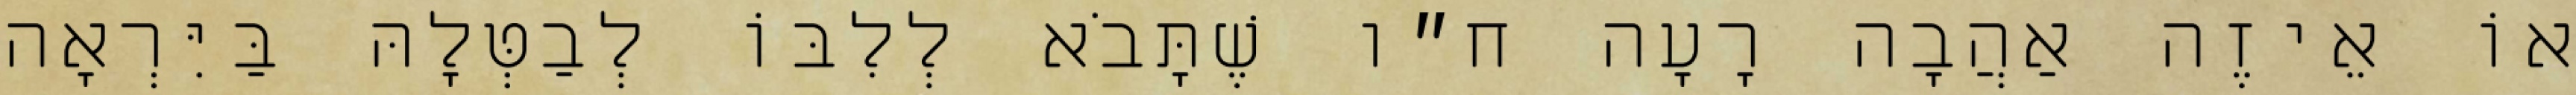
אוֹ אֵיזֶה אַהֲבָה רָעָה ח״ו שֶׁתָּבֹא לְלִבּוֹ לְבַטְּלָהּ בַּיִּרְאָה